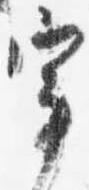
宰